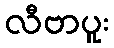
လီဗာပူး